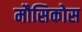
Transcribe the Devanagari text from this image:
मौसिकोस